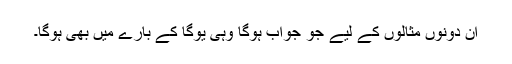
ان دونوں مثالوں کے لیے جو جواب ہوگا وہی یوگا کے بارے میں بھی ہوگا۔